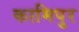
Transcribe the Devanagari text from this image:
कामिपुर